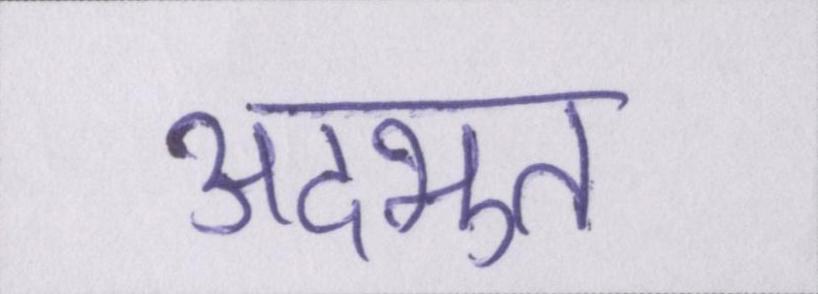
अदभुत